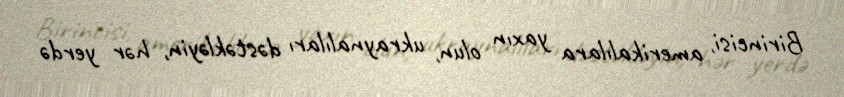
Birincisi, amerikalılara yaxın olun, ukraynalıları dəstəkləyin, hər yerdə